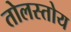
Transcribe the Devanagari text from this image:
तोलस्तोय